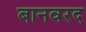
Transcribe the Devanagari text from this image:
बानवरद